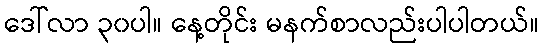
ဒေါ်လာ ၃၀ပါ။ နေ့တိုင်း မနက်စာလည်းပါပါတယ်။